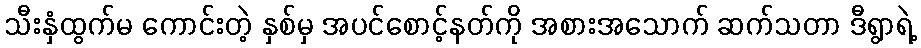
သီးနှံထွက်မ ကောင်းတဲ့ နှစ်မှ အပင်စောင့်နတ်ကို အစားအသောက် ဆက်သတာ ဒီရွာရဲ့